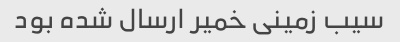
سیب زمینی خمیر ارسال شده بود